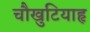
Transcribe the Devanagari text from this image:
चौखुटियाहृ